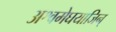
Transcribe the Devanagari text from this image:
अश्वमेघयाजिन्